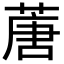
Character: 蓎